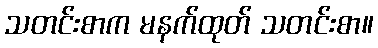
သတင်းစာက မနက်ထုတ် သတင်းစာ။